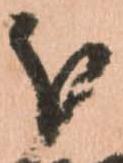
被